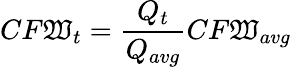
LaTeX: CF\mathfrak{W}_{t}=\frac{{Q_{t}}}{{Q_{avg}}}CF\mathfrak{W}_{avg}